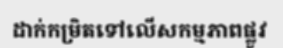
ដាក់កម្រិតទៅលើសកម្មភាពផ្លូវ